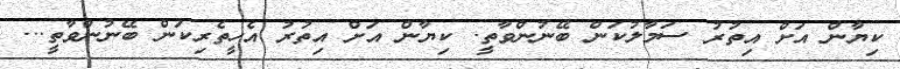
ކިޔާން އަށް އިތުރު ސަމާލުކަން ބޭނުންވާތީ. ކިޔާން އަށް އިތުރު އެހީތެރިކަން ބޭނުންވާތީ...